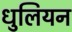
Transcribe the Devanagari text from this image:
धुलियन